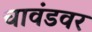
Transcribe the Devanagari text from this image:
चावंडवर